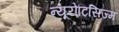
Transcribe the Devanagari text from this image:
न्यूरोटिसिज्म